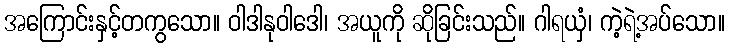
အကြောင်းနှင့်တကွသော။ ဝါဒါနုဝါဒေါ၊ အယူကို ဆိုခြင်းသည်။ ဂါရယှံ၊ ကဲ့ရဲ့အပ်သော။